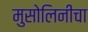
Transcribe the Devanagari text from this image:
मुसोलिनीचा